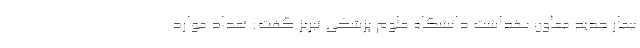
بیمار جدید معاون بهداشت دانشگاه علوم پزشکی تبریز گفت: تعداد موارد